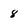
Character: 8